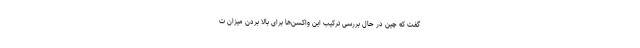
گفت که چین در حال بررسی ترکیب این واکسن‌ها برای بالا بردن میزان ت